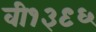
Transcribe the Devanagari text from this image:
वी१३९६